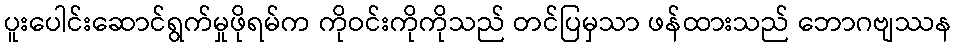
ပူးပေါင်းဆောင်ရွက်မှုဖိုရမ်က ကိုဝင်းကိုကိုသည် တင်ပြမှသာ ဖန်ထားသည် ဘောဂဗျဿန